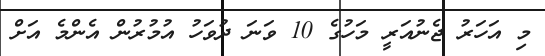
މި އަހަރު ޖެނުއަރީ މަހުގެ 10 ވަނަ ދުވަހު އުމުރުން އެންމެ އަށް